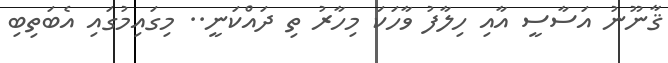
ޤާނޫނު އަސާސީ އާއި ހިލާފު ވާހަކަ މިހާރު ތި ދައްކަނީ.. މިގައިމުގައި އެބަތިބި